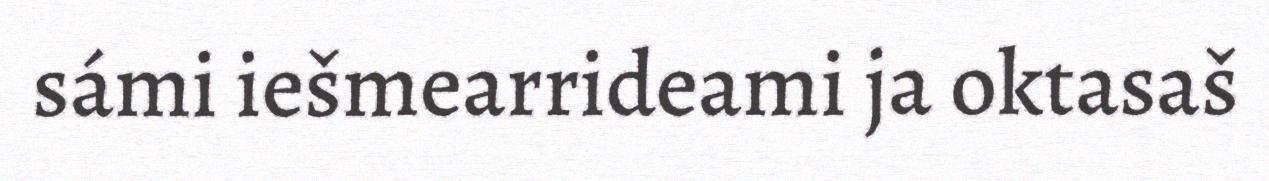
sámi iešmearrideami ja oktasaš